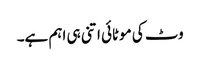
وٹ کی موٹائی اتنی ہی اہم ہے۔